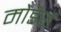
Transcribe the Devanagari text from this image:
मोडेर्स